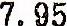
7.95